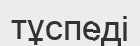
тұспеді